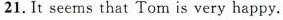
21. It seems that Tom is very happy.